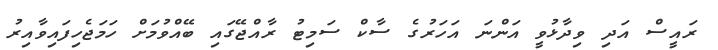
ރައީސް އަދި ވިދާޅުވީ އަންނަ އަހަރުގެ ސާކް ސަމިޓު ރާއްޖޭގައި ބޭއްވުމަށް ހަމަޖެހިފައިވާއިރު